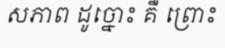
សភាព ដូច្នោះ គឺ ព្រោះ